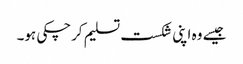
جیسے وہ اپنی شکست تسلیم کرچکی ہو۔